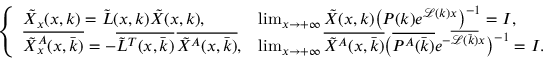
\begin{array} { r } { \left\{ \begin{array} { l l } { \tilde { X } _ { x } ( x , k ) = \tilde { L } ( x , k ) \tilde { X } ( x , k ) , } & { \operatorname* { l i m } _ { x \to + \infty } \tilde { X } ( x , k ) \big ( P ( k ) e ^ { \mathcal { L } ( k ) x } \big ) ^ { - 1 } = I , } \\ { \overline { { \tilde { X } _ { x } ^ { A } ( x , \bar { k } ) } } = - \overline { { \tilde { L } ^ { T } ( x , \bar { k } ) } } \, \overline { { \tilde { X } ^ { A } ( x , \bar { k } ) } } , } & { \operatorname* { l i m } _ { x \to + \infty } \overline { { \tilde { X } ^ { A } ( x , \bar { k } ) } } \big ( \overline { { P ^ { A } ( \bar { k } ) } } e ^ { - \overline { { \mathcal { L } ( \bar { k } ) } } x } \big ) ^ { - 1 } = I . } \end{array} \right. } \end{array}